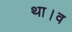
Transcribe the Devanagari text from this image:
था।व